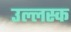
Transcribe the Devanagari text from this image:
उल्लस्क